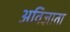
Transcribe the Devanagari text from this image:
अविज्ञाता